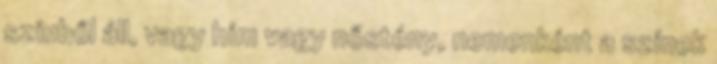
színből áll, vagy hím vagy nőstény, nemenként a színek